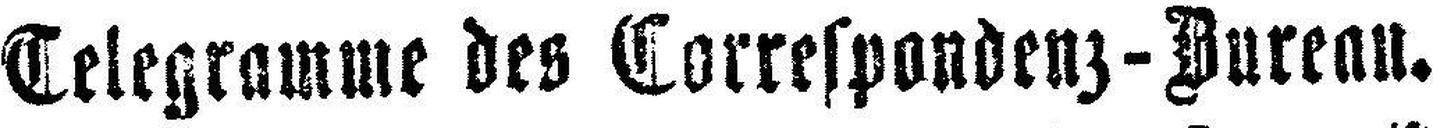
Telegramme des Correspondenz-Bureau.